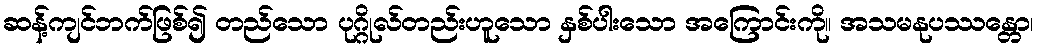
ဆန့်ကျင်ဘက်ဖြစ်၍ တည်သော ပုဂ္ဂိုလ်တည်းဟူသော နှစ်ပါးသော အကြောင်းကို။ အသမနုပဿန္တော၊